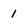
Character: 1